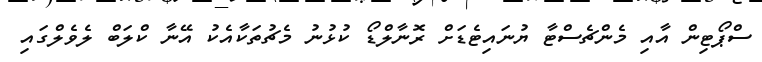
ސްޕޯޓިން އާއި މެންޗެސްޓާ ޔުނައިޓެޑަށް ރޮނާލްޑޯ ކުޅުނު މެޗުތަކާއެކު އޭނާ ކްލަބް ލެވެލްގައި